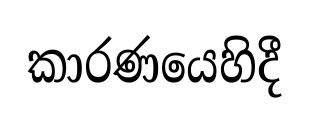
කාරණයෙහිදී